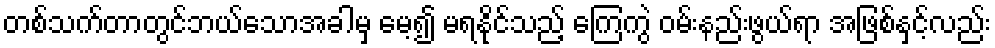
တစ်သက်တာတွင်ဘယ်သောအခါမှ မေ့၍ မရနိုင်သည့် ကြေကွဲ ဝမ်းနည်းဖွယ်ရာ အဖြစ်နှင့်လည်း